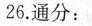
26.通分：